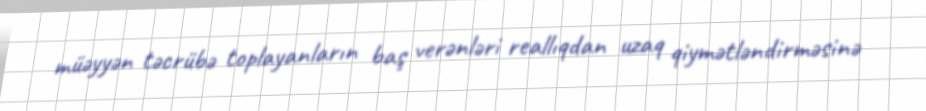
müəyyən təcrübə toplayanların baş verənləri reallıqdan uzaq qiymətləndirməsinə